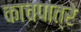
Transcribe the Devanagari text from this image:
काचपात्रे